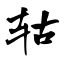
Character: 轱